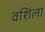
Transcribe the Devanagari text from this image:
वशिला